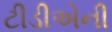
ટીડીએની